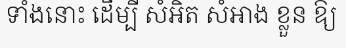
ទាំងនោះ ដើម្បី សំអិត សំអាង ខ្លួន ឱ្យ